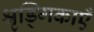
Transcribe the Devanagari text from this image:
श्रृड्गिकाएँ